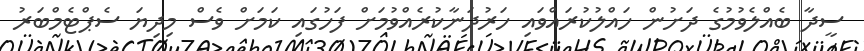
ސީދާ ބެއްލެވުމުގެ ދަށުން ހައްލުކުރައްވައި ހަރުދަނާކުރެއްވުމަށް ފަހުގައި ކަމަށް ވެސް މިދިޔަ ސެޕްޓެމްބަރު